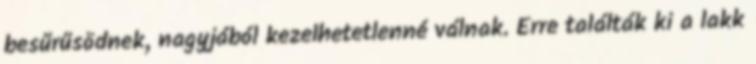
besűrűsödnek, nagyjából kezelhetetlenné válnak. Erre találták ki a lakk